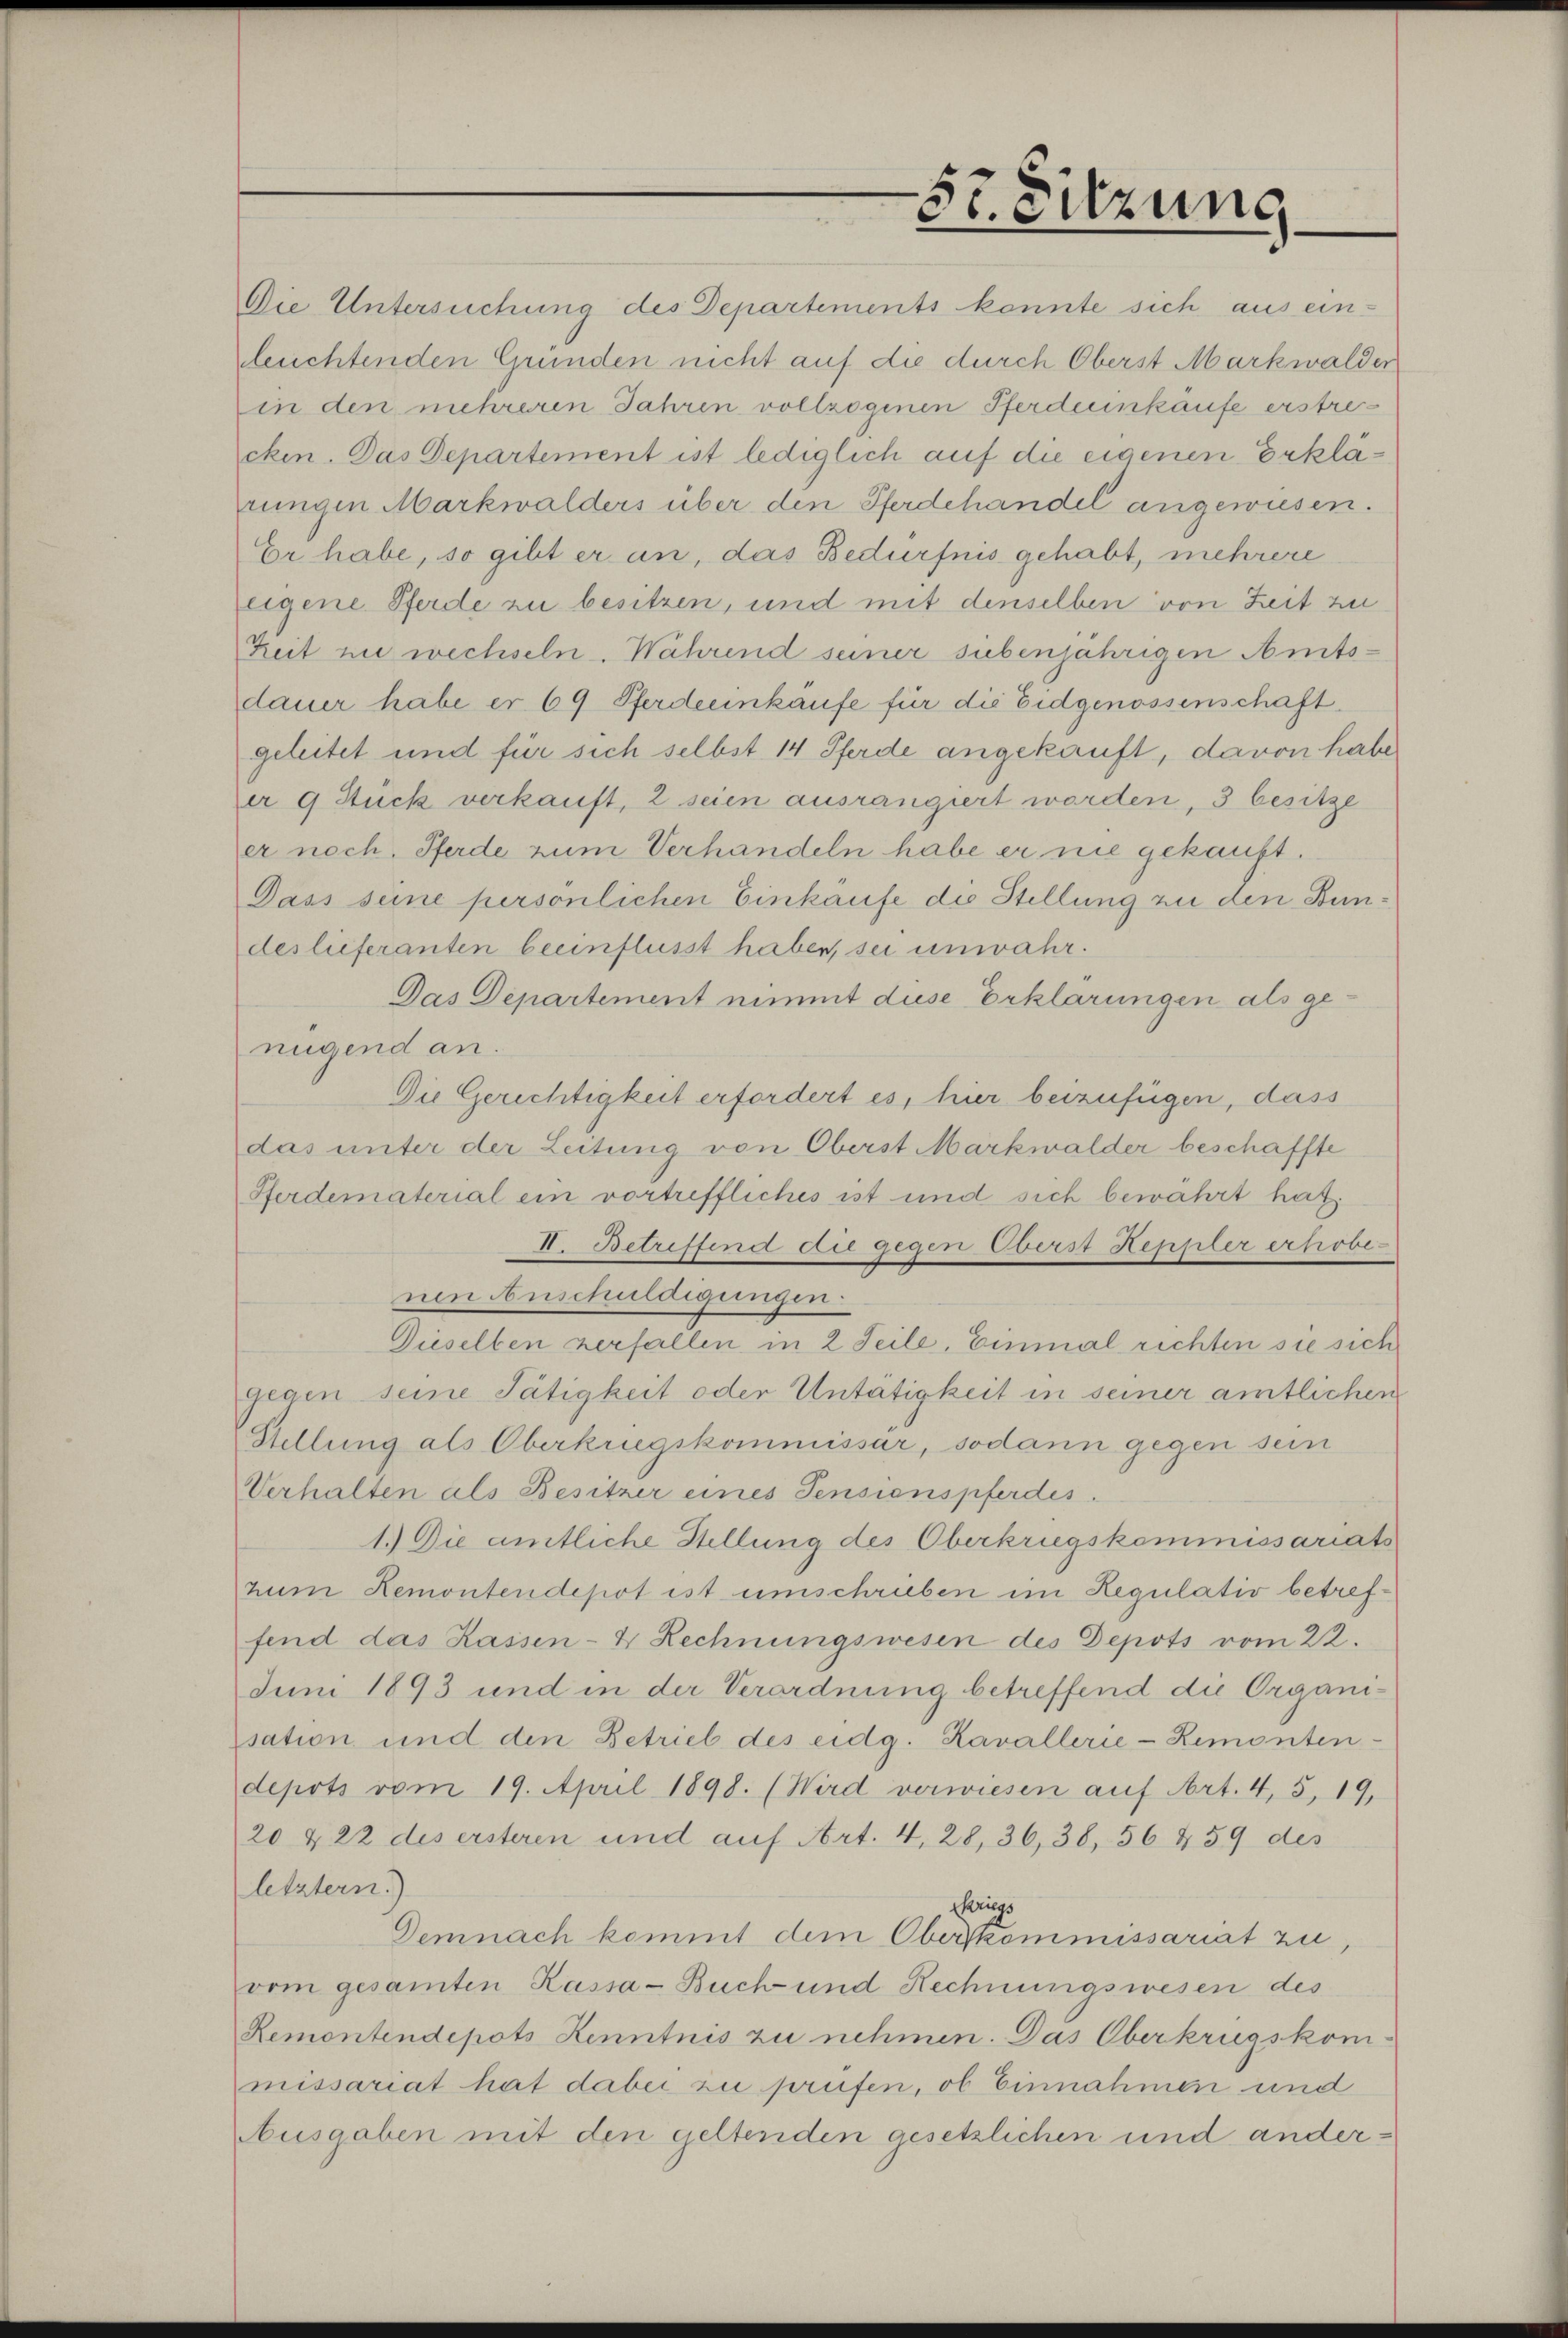
Die Untersuchung des Departements konnte sich aus ein-
leuchtenden Gründen nicht auf die durch Oberst Markwalder
in den mehreren Jahren vollzogenen Pferdeeinkäufe erstrecken. Das Departement ist lediglich auf die eigenen Erklärungen Markwalders über den Pferdehandel angewiesen.
Er habe, so gibt er an, das Bedürfnis gehabt, mehrere
eigene Pferde zu besitzen, und mit denselben von Zeit zu
Zeit nie wechseln. Während seiner siebenjährigen Amtsdauer habe er 69 Pferdeeinkäufe für die Eidgenossenschaft
geleitet und für sich selbst 14 Pferde angekauft, davon habe
er 9 Stück verkauft, 2 seien ausrangiert worden, 3 besitze
er noch. Pferde zum Verhandeln habe er nie gekauft.
Dass seine persönlichen Einkaufe die Stellung zu den Bundeslieferanten beeinflusst haben, sei unwahr.
Das Departement nimmt diese Erklärungen als genügend an.
Die Gerichtigkeit erfordert es, hier beizufügen, dass
das unter der Leitung von Oberst Markwalder beschaffte
Pferdematerial ein vortreffliches ist und sich bewahrt hat.
II. Betreffend die gegen Oberst Heppler erhobenen Anschuldigungen
Dieselben verfallen in 2 Teile, Einmal richten sie sich
gegen seine Tätigkeit oder Untätigkeit in seiner amtlichen
Stellung als Oberkriegskommissar, sodann gegen sein
Verhalten als Besitzer eines Pensionspferdes
1.) Die amtliche Stellung des Oberkriegskommissariats
zum Remontendepot ist umschrieben im Regulativ betreffend das Kassen- & Rechnungswesen des Depots vom 22.
Juni 1893 und in der Verordnung betreffend die Organisation und den Betrieb des eidg. Kavallerie-Remonten-
depots vom 19. April 1898. (Wird verwiesen auf Art. 4, 5, 19,
20 & 22 des ersteren und auf Art. 4, 28, 36, 38, 56 459 des
letztern.)
herigs
Demnach kommt dem Oberskommissariat zu,
vom gesamten Kassa-Buch und Rechnungswesen des
Remontendepots Kenntnis zu nehmen. Das Oberkrugskom-
missariat hat dabei zu prüfen, ob Einnahmen und
Ausgaben mit den geltenden gesetzlichen und ander¬

5t Sitzung